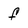
Character: f